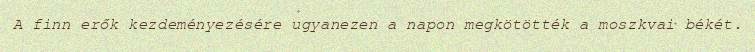
A finn erők kezdeményezésére ugyanezen a napon megkötötték a moszkvai békét.